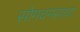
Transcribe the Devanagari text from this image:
सोमचमसाचा